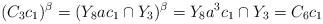
LaTeX: \begin{align*}(C_3c_1)^{\beta}=(Y_8ac_1\cap Y_3)^{\beta}=Y_8a^3c_1\cap Y_3=C_6c_1\end{align*}